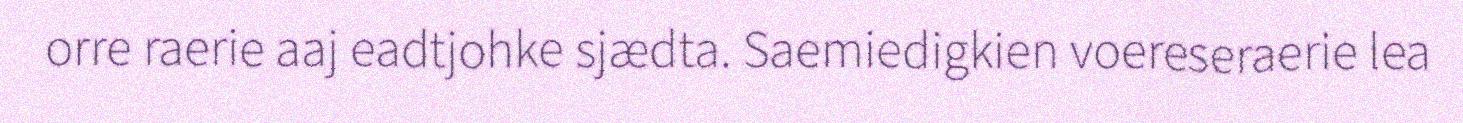
orre raerie aaj eadtjohke sjædta. Saemiedigkien voereseraerie lea